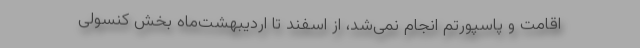
اقامت و پاسپورتم انجام نمی‌شد، از اسفند تا اردیبهشت‌ماه بخش کنسولی